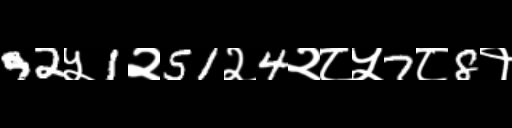
Text: 92५1२51२4२८५7८8१